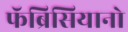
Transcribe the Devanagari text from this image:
फॅब्रिसियानो